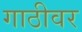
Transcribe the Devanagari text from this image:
गाठीवर